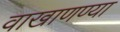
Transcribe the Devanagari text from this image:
वाखाणण्या